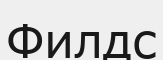
Филдс